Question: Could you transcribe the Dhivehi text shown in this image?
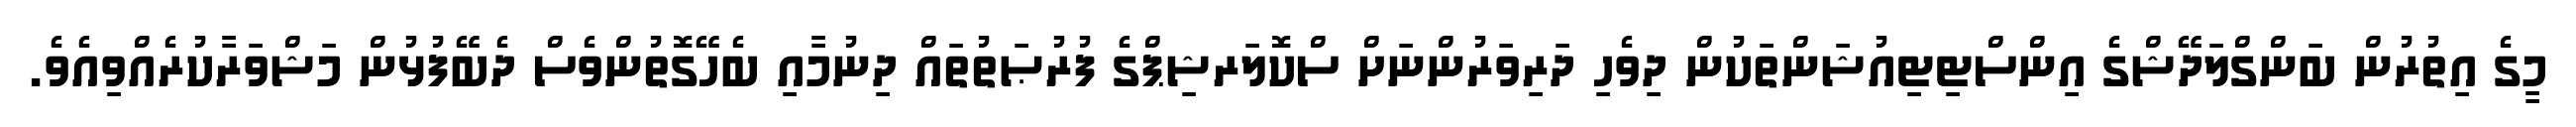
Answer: މީގެ އިތުރުން ބަންގްލަދޭޝްގެ އިންސްޓިޓިއުޝަންތަކުން ދިވެހި ދަރިވަރުންނަށް ސްކޮލަރޝިޕްގެ ފުރުޞަތުތައް ދިނުމާއި ބެހޭގޮތުންވެސް ދެބޭފުޅުން މަޝްވަރާކުރެއްވިއެވެ.